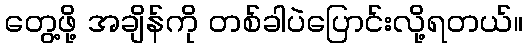
တွေ့ဖို့ အချိန်ကို တစ်ခါပဲပြောင်းလို့ရတယ်။